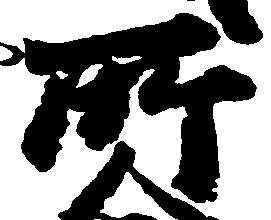
所